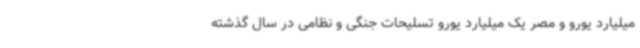
میلیارد یورو و مصر یک میلیارد یورو تسلیحات جنگی و نظامی در سال گذشته